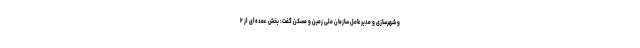
و شهرسازی و مدیرعامل سازمان ملی زمین و مسکن گفت: بخش عمده‌ای از ۲